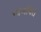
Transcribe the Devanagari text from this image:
गाजविते